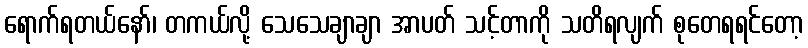
ရောက်ရတယ်နော်၊ တကယ်လို့ သေသေချာချာ အာပတ် သင့်တာကို သတိရလျက် စုတေရရင်တော့